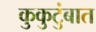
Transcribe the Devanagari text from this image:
कुकुटुंबात